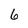
Character: 6